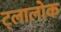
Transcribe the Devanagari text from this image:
ट्लालोक